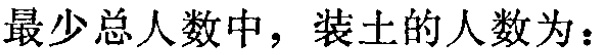
最少总人数中，装土的人数为：